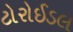
ટોરોઈડલ